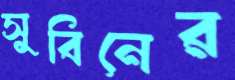
সুবিনের